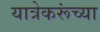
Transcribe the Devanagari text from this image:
यात्रेकरूंच्या